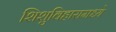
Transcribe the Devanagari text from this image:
शिशुविहारामध्ये